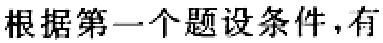
根据第一个题设条件，有